Vaccine operations Central Provinces & Berar 1922-1929 - 1922-1929
Year: 1922
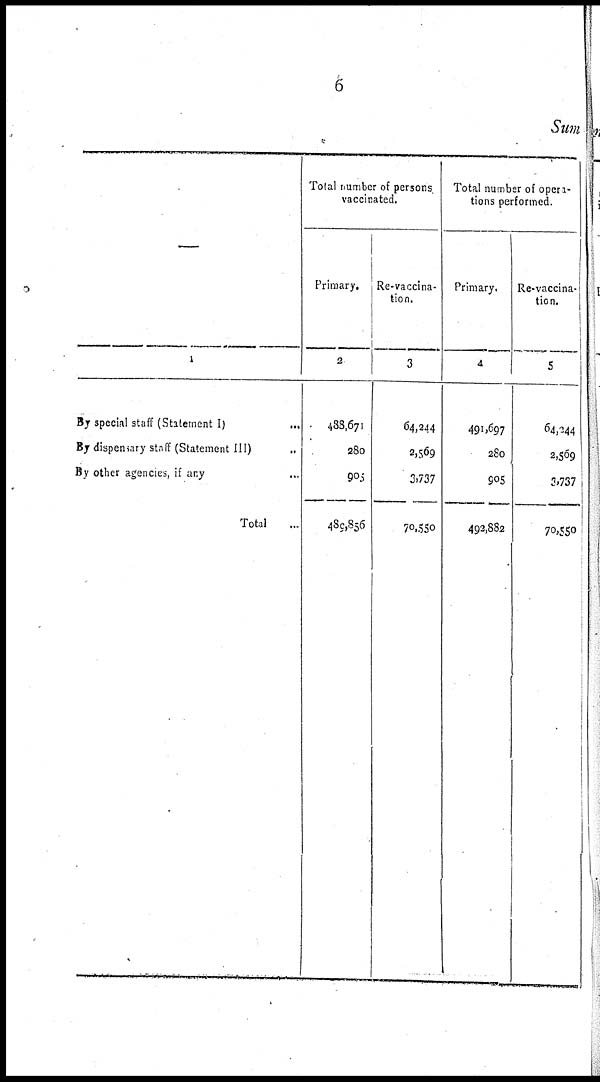
6
Sum
—
1
By special staff (Statement I)
...
By dispensary staff (Statement III)
By other agencies, if any
Total...
Total number of persons
vaccinated.
Primary.
2
488,671
280
905
485,856
Re-vaccina-
tion.
3
64,244
2,569
3,737
70,550
Total number of opera-
tions performed.
Primary.
4
491,697
280
905
493,882
Re-vaccina-
tion.
5
64,244
2,569
3,737
70,550